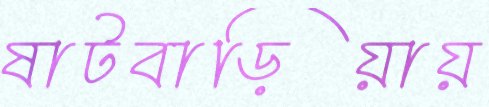
ষাটবাড়িয়ায়